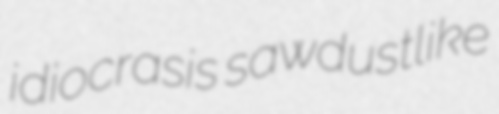
idiocrasis sawdustlike